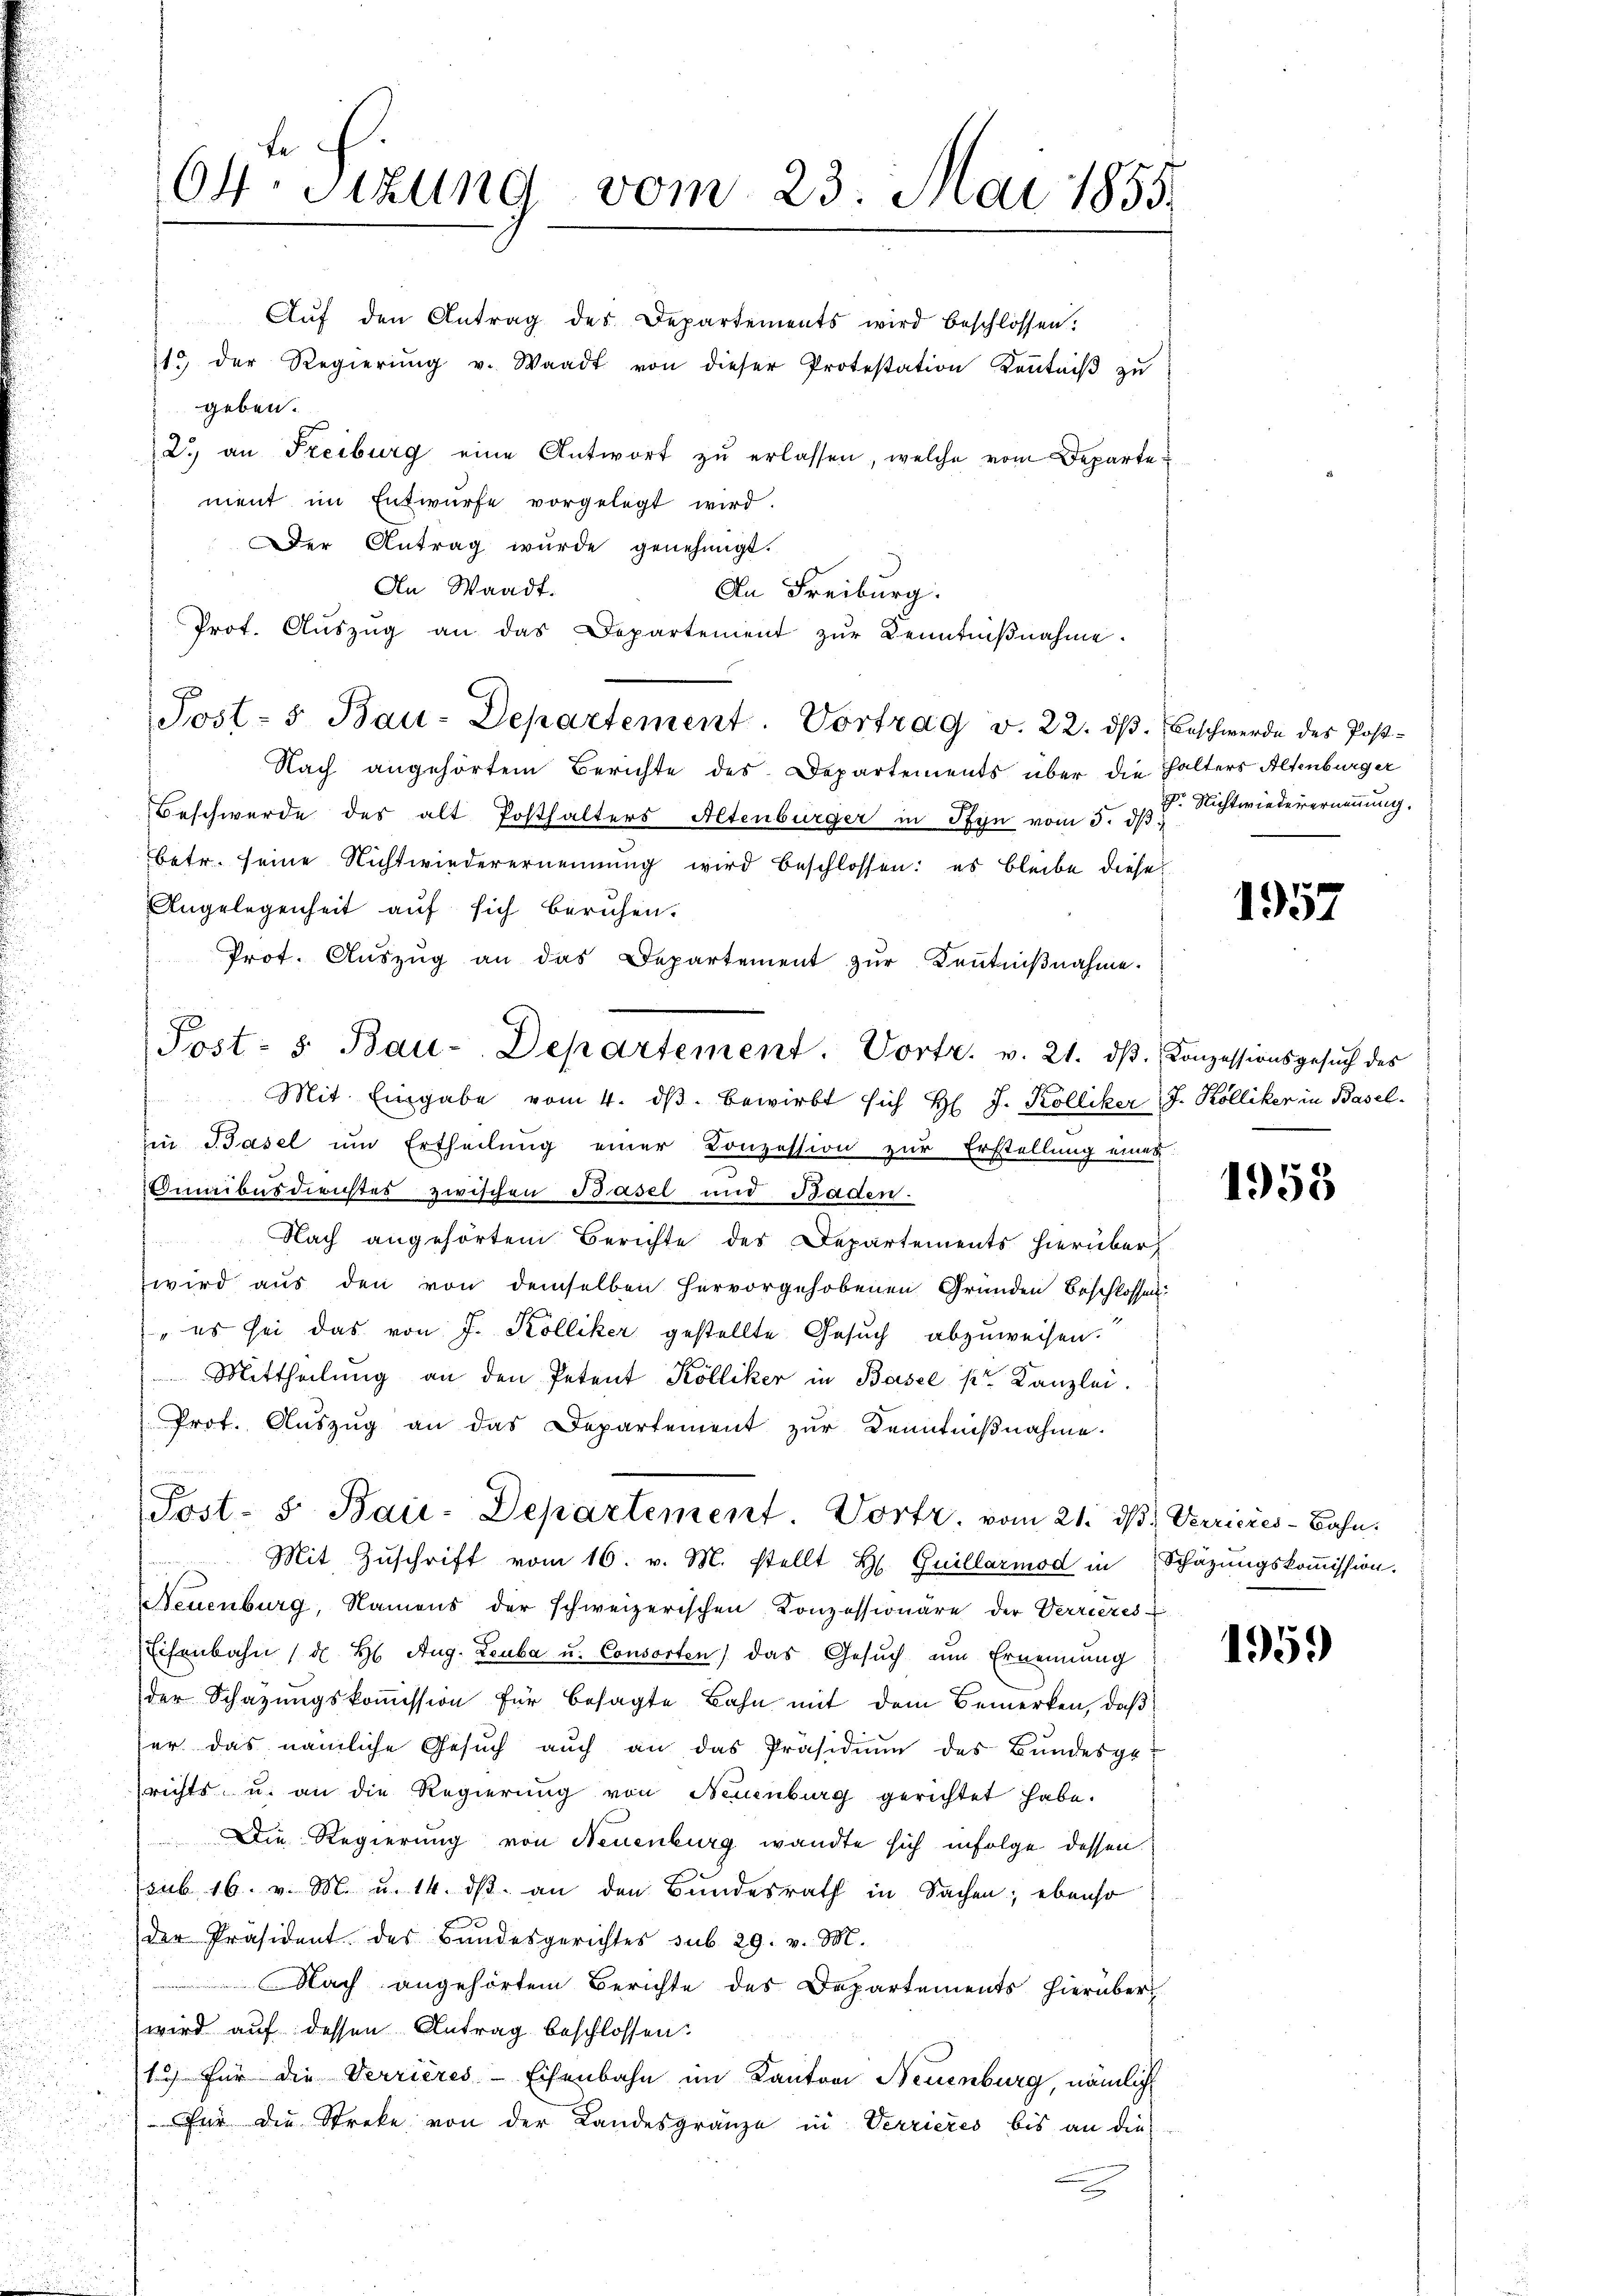
64 Sizung vom 23. Mai 1855.

Aŭf den Antrag des Departements wird beschlossen.
13 der Regierŭng v. Waadt von dieser Protestation Keṅtniβ zŭ
geben.
2.) an Freiburg eine Antwort zŭ erlassen, welche vom Departe
ment im Entwurfe vorgelegt wird.
Der Antrag wurde genehmigt.
An Waadt.
An Freiburg.
Prot. Aŭszŭg an das Departement zŭr Kenntniβnahme.
Post- & Bau-Departement. Vortrag v. 22. dβ. Beschwerde des Post-
Nach angehörtem Berichte des Departements über die Halters Altenburger
Beschwerde des alt Posthalters Altenbürger in Pfyn vom 5. dβ
betr. seine Nichtwiederernennung wird beschlossen: es bleibe diese
Angelegenheit auf sich beruhen.
Prot. Aŭszŭg an das Departement zŭr Kenntniβnahme.
Mit Eingabe vom 4. dβ bewirkt sich H. J. Kolliker, J. Kolliker in Baselin Basel um Ertheilung einer Conzession zur Erstellung eines
umibus derichtes zwischen Basel und Baden-
Nach angehörtem Berichte des Departements hierüber
wird aus den von demselben hervorgehobenen Gründen Beschlossen
" es sei das von J. Kölliker gestellte Gesuch abzuweisen.
Mittheilung an den Petent Kölliker in Basel pr. Kanzlei.
Prot. Auszug an das Departement zur Kenntnißnahme.
u
Post- S. Bau-Departement. Vortr. vom 21. ds. Verricres-Bahn.
Mit Zŭschrift vom 16. v. M. stellt H. Guillarmod in Schäzŭngskoṁission.
Neuenburg, Namens der schweizerischen Konzessionäre der Verrieres
Eisenbahn (d. H. Aug. Leuba u. Consorten) das Gesuch um Ernennung
der Schazungskoṁission für besagte Bahn mit dem Bemerken, daß
er das nämliche Gesuch auch an das Präsidium des Bundesgerichts u. an die Regierŭng von Neuenburg gerichtet habe.
Die Regierung von Neuenburg wandte sich infolge dessen
sub 16. v. M. u. 14. ds. an den Bundesrath in Sachen; ebenso
der Präsident des Bundesgerichtes sub 29. v. M.
Nach angehörtem Berichte des Departements hierüber
wird auf dessen Antrag beschlossen:
12 für die Verrieres-Eisenbahn im Kanton Neuenburg, nämlich
Für die Streke von der Landesgränze in Verrieres bis an die
e

Post- s. Bau-Departement. Vortr. v. 21. dβ. Conzessionsgesŭch des

Dr. Nichtwiederernennung.

1957

1953

195.